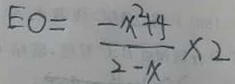
E O = \frac { - x ^ { 2 } + 4 } { 2 - x } \times 2